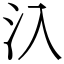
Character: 𣱿